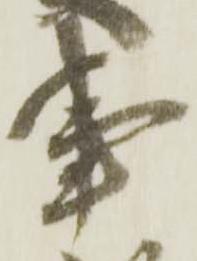
事